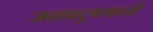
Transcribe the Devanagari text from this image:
जलप्रदुषणाची